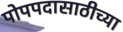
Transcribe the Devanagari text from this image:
पोपपदासाठीच्या